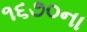
૧૬૭૦ના